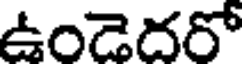
ఉండెదరో